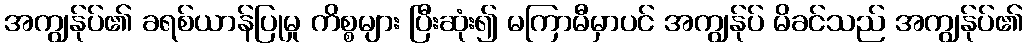
အကျွန်ုပ်၏ ခရစ်ယာန်ပြုမှု ကိစ္စများ ပြီးဆုံး၍ မကြာမီမှာပင် အကျွန်ုပ် မိခင်သည် အကျွန်ုပ်၏